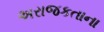
અરાજકતાના